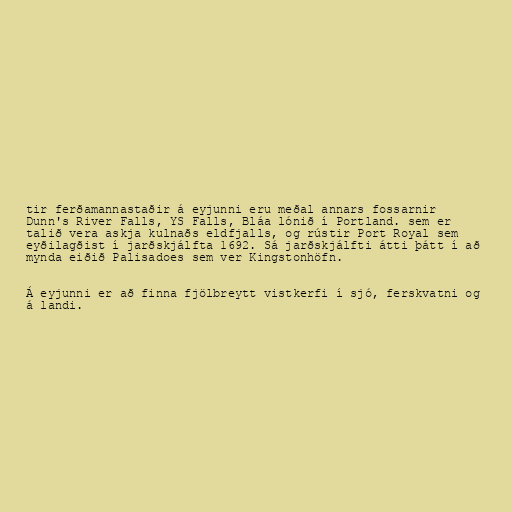
tir ferðamannastaðir á eyjunni eru meðal annars fossarnir
Dunn's River Falls, YS Falls, Bláa lónið í Portland. sem er
talið vera askja kulnaðs eldfjalls, og rústir Port Royal sem
eyðilagðist í jarðskjálfta 1692. Sá jarðskjálfti átti þátt í að
mynda eiðið Palisadoes sem ver Kingstonhöfn.

Á eyjunni er að finna fjölbreytt vistkerfi í sjó, ferskvatni og
á landi.